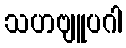
သဟဗျူပဂါ